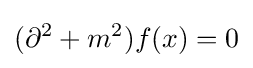
(\partial ^{2}+m^{2})f(x)=0